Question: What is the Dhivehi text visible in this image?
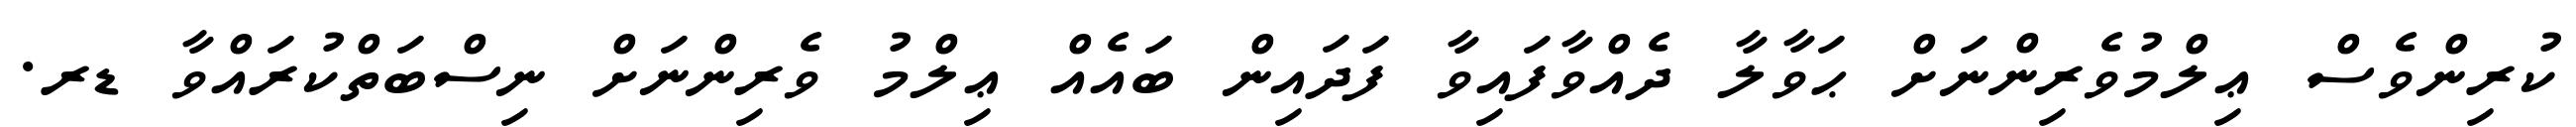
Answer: ކުރިންވެސް ޢިލްމުވެރިންނަށް ޙަވާލާ ދެއްވާފައިވާ ފަދައިން ބައެއް ޢިލްމު ވެރިންނަށް ނިސްބަތްކުރައްވާ ޑރ.